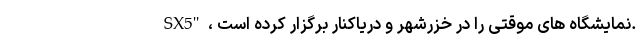
SX5" ، نمایشگاه های موقتی را در خزرشهر و دریاکنار برگزار کرده است.